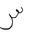
Letter: _sin